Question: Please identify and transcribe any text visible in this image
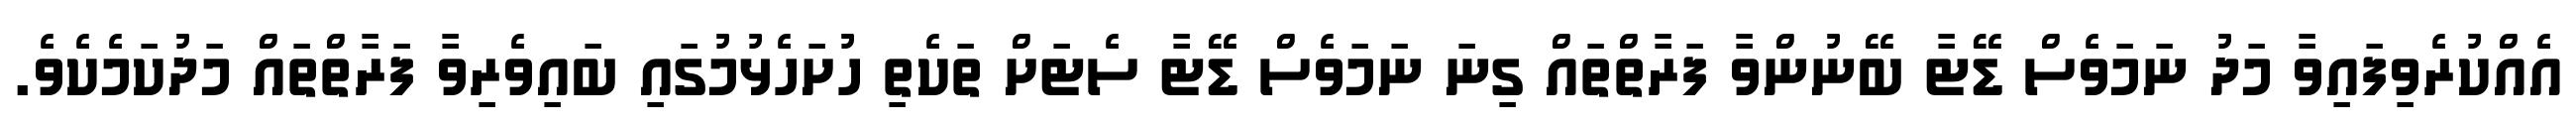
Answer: އެއްކުރެވިފައިވާ މަދު ނަމަވެސް ޑޭޓާ ބޭނުންވާ ފަރާތްތައް ގިނަ ނަމަވެސް ޑޭޓާ ސެޓަށް ތަކެތި ހުށަހެޅުމުގައި ބައިވެރިވާ ފަރާތްތައް މަދުކަމެކެވެ.